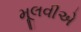
મૂલવીએ